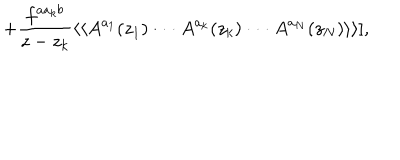
LaTeX: + { \frac { f ^ { a a _ { k } b } } { z - z _ { k } } } \langle \langle A ^ { a _ { 1 } } ( z _ { 1 } ) \cdot \cdot \cdot A ^ { a _ { k } } ( z _ { k } ) \cdot \cdot \cdot A ^ { a _ { N } } ( z _ { N } ) \rangle \rangle ] ,